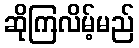
ဆိုကြလိမ့်မည်